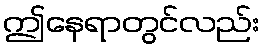
ဤနေရာတွင်လည်း